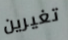
تغيرين